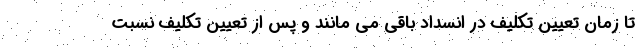
تا زمان تعیین تکلیف در انسداد باقی می مانند و پس از تعیین تکلیف نسبت